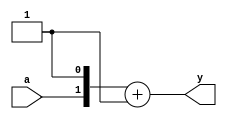
module test(input a, output [1:0] y);
assign y = {a,1'b1} + 1'b1;
endmodule